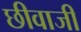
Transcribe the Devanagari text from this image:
छीवाजी